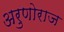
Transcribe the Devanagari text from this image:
अरुणोराज